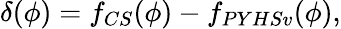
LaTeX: \delta(\phi)=f_{CS}(\phi)-f_{PYHSv}(\phi),